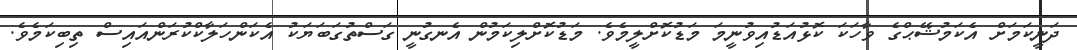
ދަނީކަމަށް އެކަމުޝޭޙްގެ ވާހަކަ ކޮޅުއަޑުއިވުނީމަ މަޑުކޮށްލީމެވެ. މަޑުކޮށްލިކަމުން އެނގުނީ ގަސްތުގަބަޔަކު އެކަންހަލާކްކުރަންއައިސް ތިބިކަމެވެ.